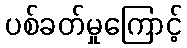
ပစ်ခတ်မှုကြောင့်